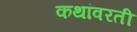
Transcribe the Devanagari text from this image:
कथांवरती